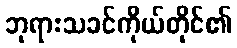
ဘုရားသခင်ကိုယ်တိုင်၏